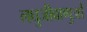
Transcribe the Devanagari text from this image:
लघुजीवाणुओं